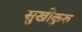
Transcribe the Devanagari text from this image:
सुखीकुरु